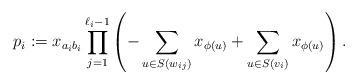
LaTeX: \begin{align*}p_i:=x_{a_ib_i}\prod_{j=1}^{\ell_i-1}\left(-\sum_{u \in S(w_{ij})}x_{\phi(u)}+\sum_{u \in S(v_i)}x_{\phi(u)}\right).\end{align*}